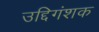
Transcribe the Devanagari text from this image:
उद्दिगंशक